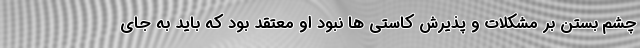
چشم بستن بر مشکلات و پذیرش کاستی ها نبود او معتقد بود که باید به جای